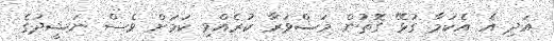
އަދި އެ އެކަމާ ގުޅޭ ގޮތުން މަޝްވަރާ ކުރެއްވި ކަމަށް ވެސް ނަޝީދުގެ